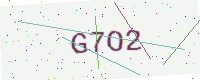
Text: G7O2